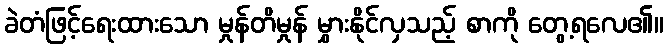
ခဲတံဖြင့်ရေးထားသော မှုန်တိမှုန် မွှားနိုင်လှသည့် စာကို တွေ့ရလေ၏။